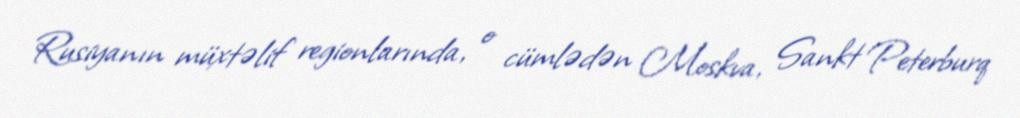
Rusiyanın müxtəlif regionlarında, o cümlədən Moskva, Sankt Peterburq